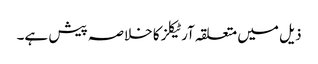
ذیل میں متعلقہ آرٹیکلز کا خلاصہ پیش ہے۔